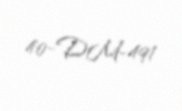
40-DM-491